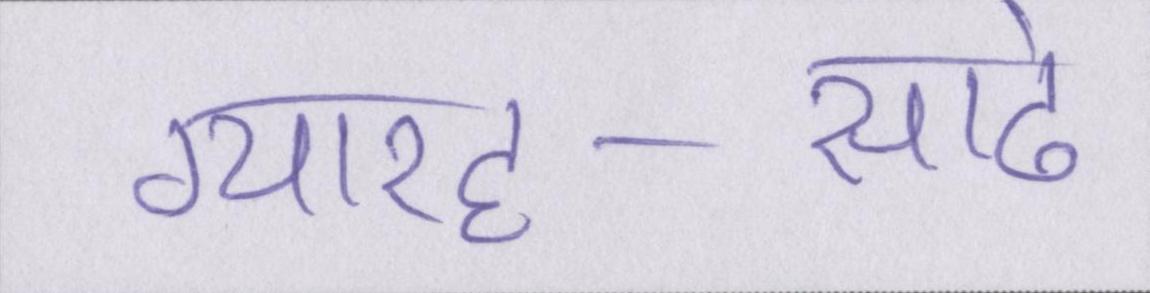
ग्यारह-साढे